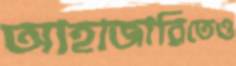
আহাজারিতেও